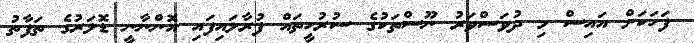
ފަހަކަށް އައިސް މި ދުވަސްވަރު ނޫސްތަކުގެ ސުރުހީތައް ފުރާލައިފައި އޮންނާނީ ޑޮލަރުގެ ތަފާތު